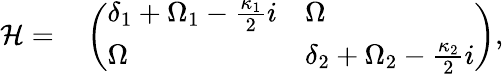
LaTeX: \begin{array}{rl}{\mathcal{H}=}&{{}\left(\begin{array}{ll}{\delta_{1}+\Omega_{1}-\frac{\kappa_{1}}{2}i}&{\Omega}\\ {\Omega}&{\delta_{2}+\Omega_{2}-\frac{\kappa_{2}}{2}i}\end{array}\right),}\end{array}